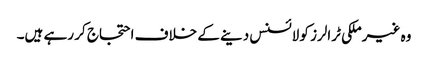
وہ غیرملکی ٹرالرز کو لائسنس دینے کے خلاف احتجاج کر رہے ہیں۔